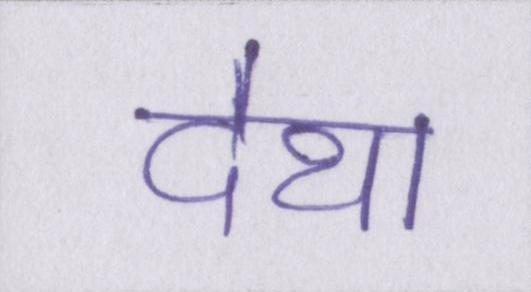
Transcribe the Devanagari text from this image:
देथा